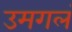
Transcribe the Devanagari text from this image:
उमगलं